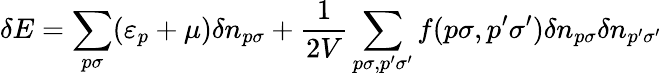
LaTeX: \delta E=\sum_{p\sigma}(\varepsilon_{p}+\mu)\delta n_{p\sigma}+\frac{1}{2V}\sum_{p\sigma,p^{\prime}\sigma^{\prime}}f(p\sigma,p^{\prime}\sigma^{\prime})\delta n_{p\sigma}\delta n_{p^{\prime}\sigma^{\prime}}